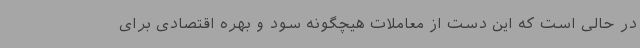
در حالی است که این دست از معاملات هیچگونه سود و بهره اقتصادی برای